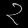
Digit: ၃